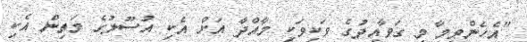
"އެހެންވީމާ މި ގަވާއިދުގެ ވަކިވަކި މާއްދާ އަށް އެކި އުސޫލުގެ މަތިން އެކި